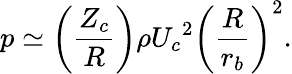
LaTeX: p\simeq\left(\frac{Z_{c}}{R}\right){\rho{U_{c}}^{2}}\left(\frac{R}{r_{b}}\right)^{2}.